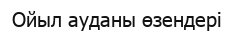
Ойыл ауданы өзендері